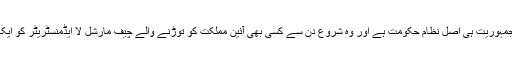
اس موقعے پر صالحین نے اپنا دیرینہ موقف دہرایا کہ جمہوریت ہی اصل نظام حکومت ہے اور وہ شروع دن سے کسی بھی آئین مملکت کو توڑنے والے چیف مارشل لا ایڈمنسٹریٹر کو ایک لمحے بھی برداشت کرنے کے شدید مخالف رہے ہیں۔